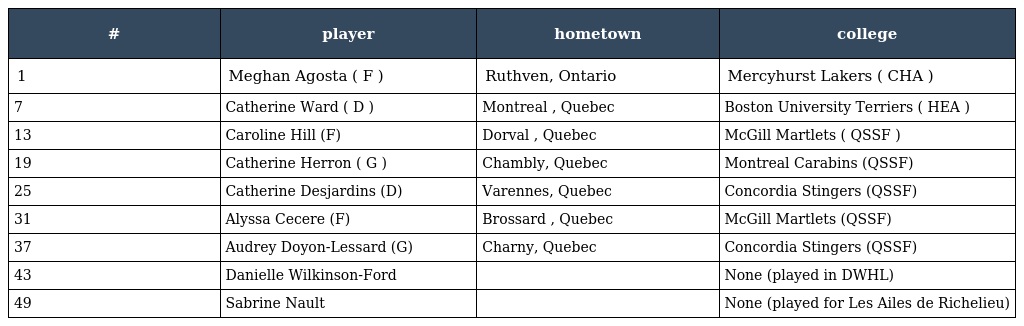
| # | player | hometown | college |
 | --- | --- | --- | --- |
 | 1 | Meghan Agosta ( F ) | Ruthven, Ontario | Mercyhurst Lakers ( CHA ) |
 | 7 | Catherine Ward ( D ) | Montreal , Quebec | Boston University Terriers ( HEA ) |
 | 13 | Caroline Hill (F) | Dorval , Quebec | McGill Martlets ( QSSF ) |
 | 19 | Catherine Herron ( G ) | Chambly, Quebec | Montreal Carabins (QSSF) |
 | 25 | Catherine Desjardins (D) | Varennes, Quebec | Concordia Stingers (QSSF) |
 | 31 | Alyssa Cecere (F) | Brossard , Quebec | McGill Martlets (QSSF) |
 | 37 | Audrey Doyon-Lessard (G) | Charny, Quebec | Concordia Stingers (QSSF) |
 | 43 | Danielle Wilkinson-Ford |  | None (played in DWHL) |
 | 49 | Sabrine Nault |  | None (played for Les Ailes de Richelieu) |